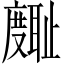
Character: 𪪪